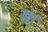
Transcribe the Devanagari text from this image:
यठां